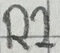
Text: R2